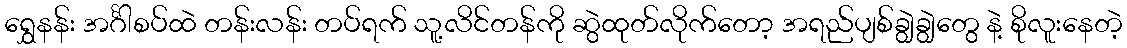
ရွှေနန်း အင်္ဂါစပ်ထဲ တန်းလန်း တပ်ရက် သူ့လိင်တန်ကို ဆွဲထုတ်လိုက်တော့ အရည်ပျစ်ချွဲချွဲတွေ နဲ့ စိုလူးနေတဲ့